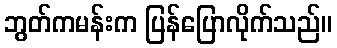
ဘွတ်ကမန်းက ပြန်ပြောလိုက်သည်။